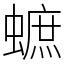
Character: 蟅